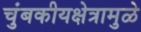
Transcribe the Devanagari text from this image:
चुंबकीयक्षेत्रामुळे